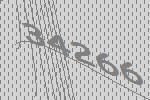
34266